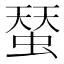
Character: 蝅